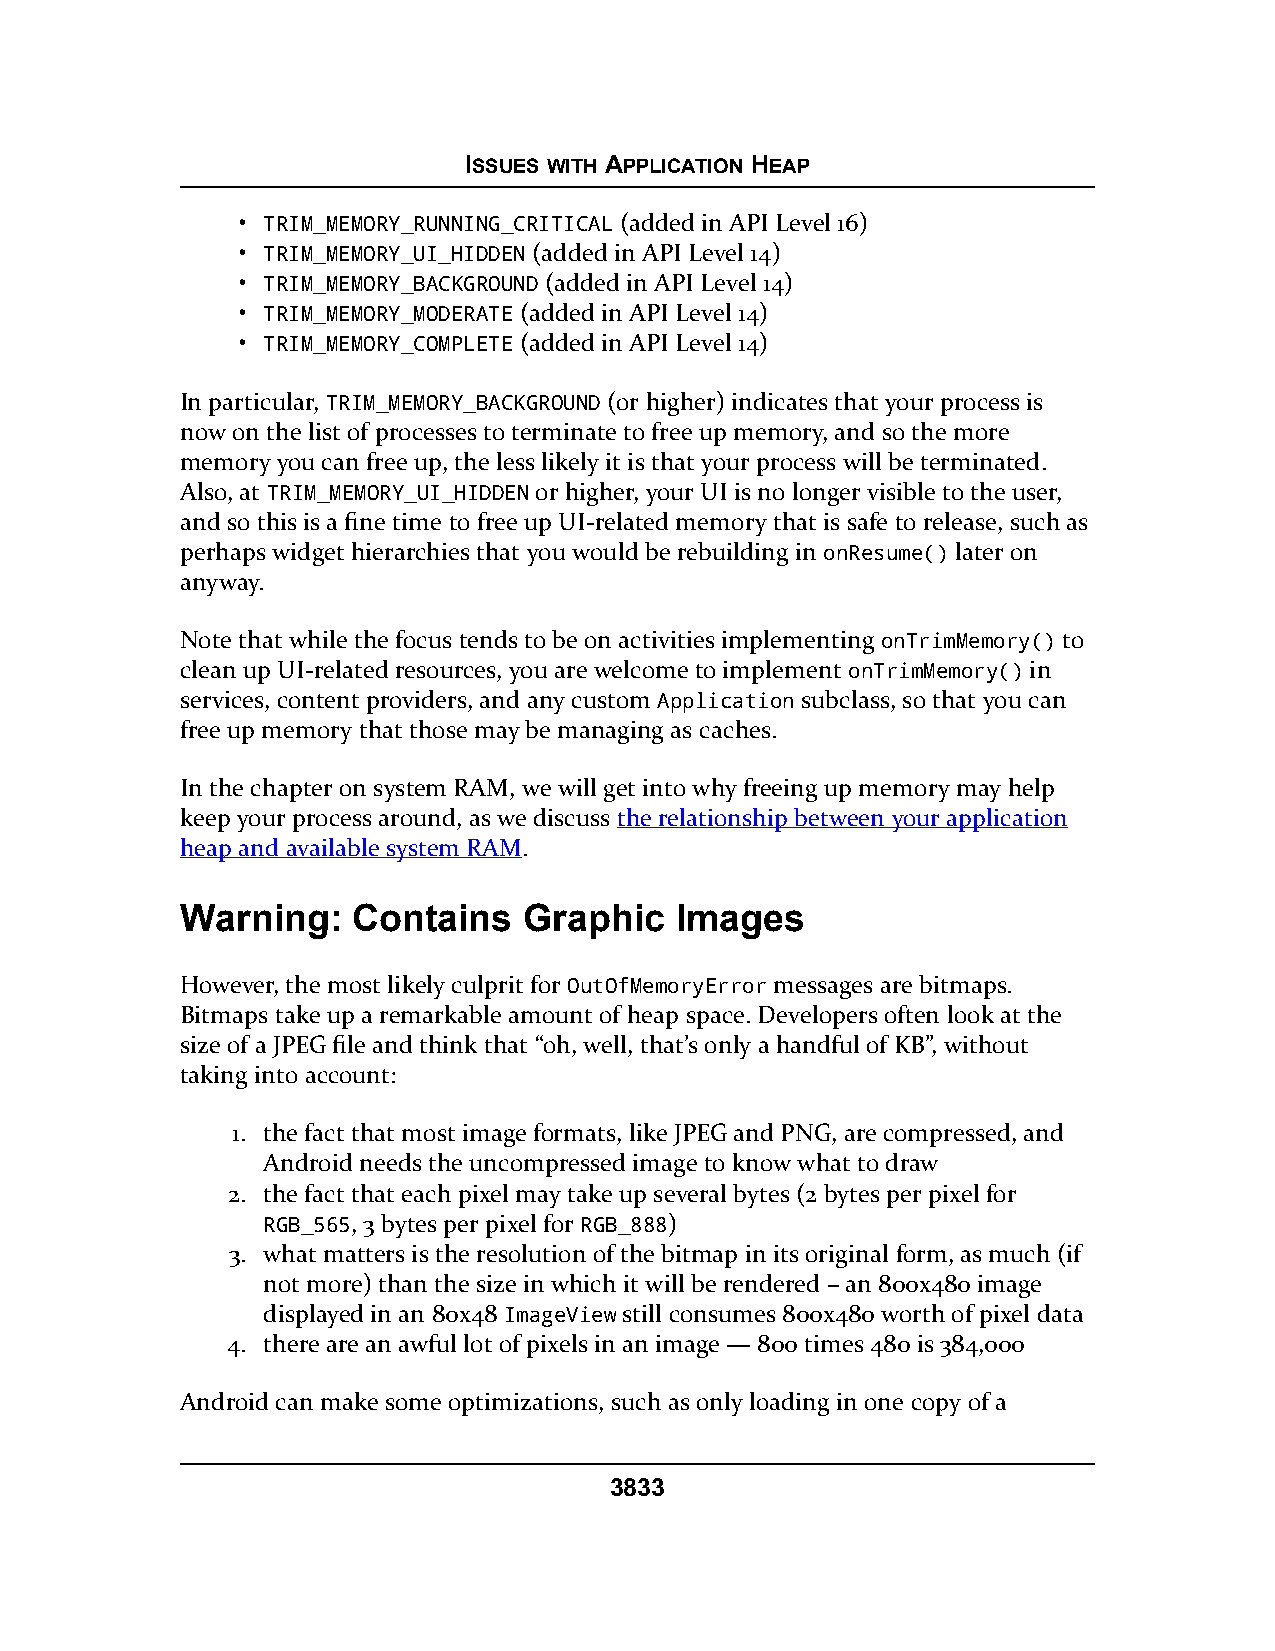
ISSUES WITH APPLICATION HEAP
 • TRIM_MEMORY_RUNNING_CRITICAL (added in API Level 16)
 • TRIM_MEMORY_UI_HIDDEN (added in API Level 14)
 • TRIM_MEMORY_BACKGROUND (added in API Level 14)
 • TRIM_MEMORY_MODERATE (added in API Level 14)
 • TRIM_MEMORY_COMPLETE (added in API Level 14)
 In particular, TRIM_MEMORY_BACKGROUND (or higher) indicates that your process is
 now on the list of processes to terminate to free up memory, and so the more
 memory you can free up, the less likely it is that your process will be terminated.
 Also, at TRIM_MEMORY_UI_HIDDEN or higher, your UI is no longer visible to the user,
 and so this is a fine time to free up UI-related memory that is safe to release, such as
 perhaps widget hierarchies that you would be rebuilding in onResume() later on
 anyway.
 Note that while the focus tends to be on activities implementing onTrimMemory() to
 clean up UI-related resources, you are welcome to implement onTrimMemory() in
 services, content providers, and any custom Application subclass, so that you can
 free up memory that those may be managing as caches.
 In the chapter on system RAM, we will get into why freeing up memory may help
 keep your process around, as we discuss the relationship between your application
 heap and available system RAM.
 Warning:   Contains    Graphic   Images
 However, the most likely culprit for OutOfMemoryError messages are bitmaps.
 Bitmaps take up a remarkable amount of heap space. Developers often look at the
 size of a JPEG file and think that “oh, well, that’s only a handful of KB”, without
 taking into account:
 1. the fact that most image formats, like JPEG and PNG, are compressed, and
 Android needs the uncompressed image to know what to draw
 2. the fact that each pixel may take up several bytes (2 bytes per pixel for
 RGB_565, 3 bytes per pixel for RGB_888)
 3. what matters is the resolution of the bitmap in its original form, as much (if
 not more) than the size in which it will be rendered – an 800x480 image
 displayed in an 80x48 ImageView still consumes 800x480 worth of pixel data
 4. there are an awful lot of pixels in an image — 800 times 480 is 384,000
 Android can make some optimizations, such as only loading in one copy of a
 3833